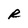
Character: R